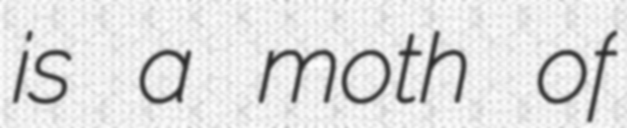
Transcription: is a moth of